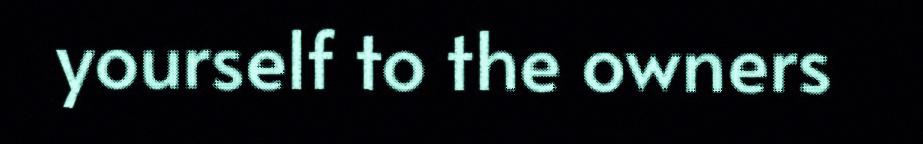
yourself to the owners